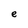
Character: e